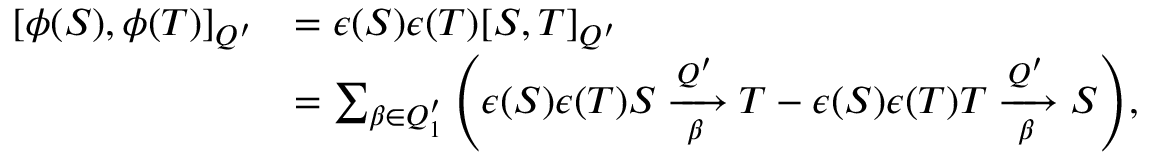
\begin{array} { r l } { [ \phi ( S ) , \phi ( T ) ] _ { Q ^ { \prime } } } & { = \epsilon ( S ) \epsilon ( T ) [ S , T ] _ { Q ^ { \prime } } } \\ & { = \sum _ { \beta \in Q _ { 1 } ^ { \prime } } { \left( \epsilon ( S ) \epsilon ( T ) S \xrightarrow [ \beta ] { Q ^ { \prime } } T - \epsilon ( S ) \epsilon ( T ) T \xrightarrow [ \beta ] { Q ^ { \prime } } S \right) } , } \end{array}